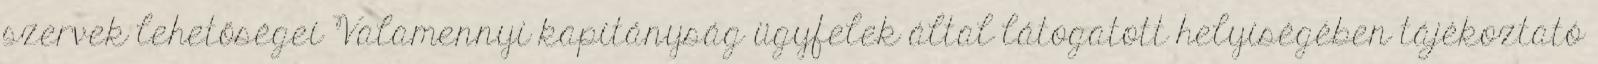
szervek lehetőségei Valamennyi kapitányság ügyfelek által látogatott helyiségében tájékoztató